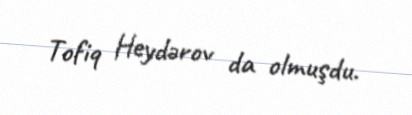
Tofiq Heydərov da olmuşdu.